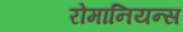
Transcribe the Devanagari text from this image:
रोमानियन्स